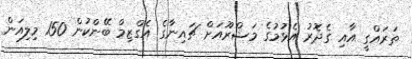
ތަރައްގީ އާއި ގެދޮރު އެޅުމުގެ މަޝްރޫއަށް ޗައިނާގެ އެގްޒިމް ބޭންކުން 150 މިލިއަން